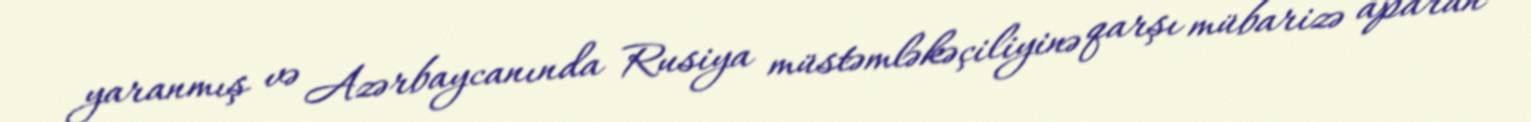
yaranmış və Azərbaycanında Rusiya müstəmləkəçiliyinə qarşı mübarizə aparan